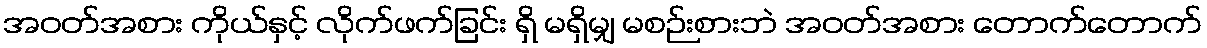
အဝတ်အစား ကိုယ်နှင့် လိုက်ဖက်ခြင်း ရှိ မရှိမျှ မစဉ်းစားဘဲ အဝတ်အစား တောက်တောက်